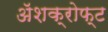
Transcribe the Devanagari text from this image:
ॲशक्रोफ्ट